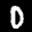
Label: 0